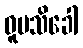
ဓူမသိခေါ